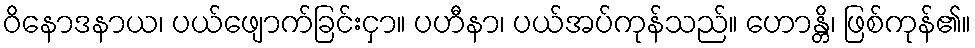
ဝိနောဒနာယ၊ ပယ်ဖျောက်ခြင်းငှာ။ ပဟီနာ၊ ပယ်အပ်ကုန်သည်။ ဟောန္တိ၊ ဖြစ်ကုန်၏။